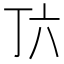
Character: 𬻅